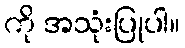
ကို အသုံးပြုပါ။